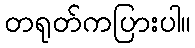
တရုတ်ကပြားပါ။